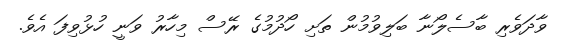
ވާދަވެރި ބާސެލޯނާ ބަލިވުމުން ތަށި ހޯދުމުގެ ރޭސް މިހާރު ވަނީ ހުޅުވިފަ އެވެ.